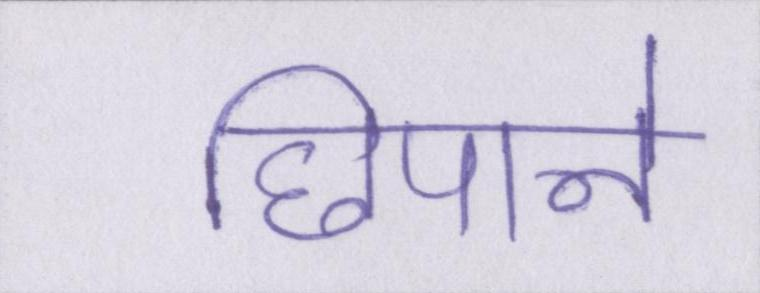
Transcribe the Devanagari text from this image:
छिपाने